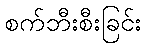
စက်ဘီးစီးခြင်း